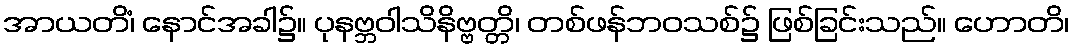
အာယတိံ၊ နောင်အခါ၌။ ပုနဗ္ဘဝါသိနိဗ္ဗတ္တိ၊ တစ်ဖန်ဘဝသစ်၌ ဖြစ်ခြင်းသည်။ ဟောတိ၊